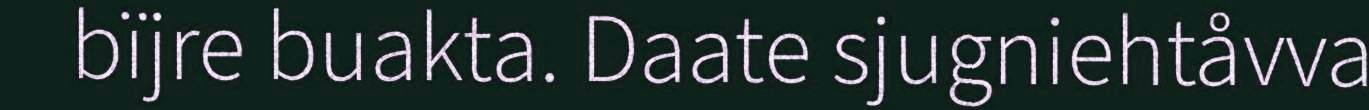
bïjre buakta. Daate sjugniehtåvva